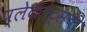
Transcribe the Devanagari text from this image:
प्लेटलेट्‌सची